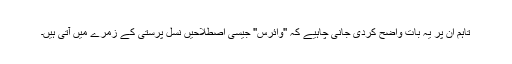
تاہم ان پر یہ بات واضح کردی جانی چاہیے کہ ''وائرس'' جیسی اصطلاحیں نسل پرستی کے زمرے میں آتی ہیں۔